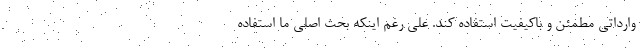
وارداتی مطمئن و باکیفیت استفاده کند. علی رغم اینکه بحث اصلی ما استفاده